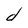
Character: d